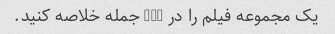
یک مجموعه فیلم را در 2-3 جمله خلاصه کنید.